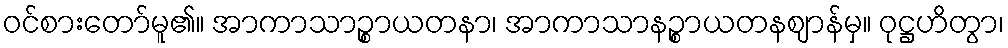
ဝင်စားတော်မူ၏။ အာကာသာဉ္စာယတနာ၊ အာကာသာနဉ္စာယတနဈာန်မှ။ ဝုဋ္ဌဟိတွာ၊